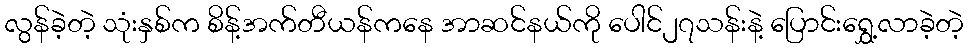
လွန်ခဲ့တဲ့ သုံးနှစ်က စိန့်အက်တီယန်ကနေ အာဆင်နယ်ကို ပေါင်၂၇သန်းနဲ့ ပြောင်းရွှေ့လာခဲ့တဲ့